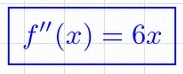
f''(x)=6x